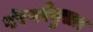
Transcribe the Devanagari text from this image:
पंरपरेनुसार